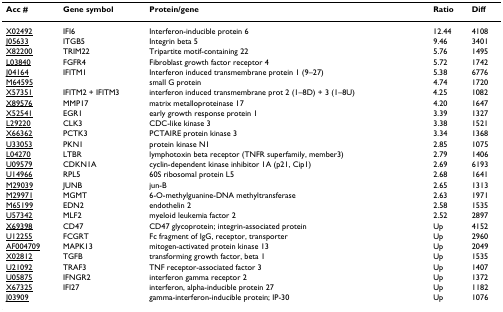
<table><thead><tr><td><b>Acc #</b></td><td><b>Gene symbol</b></td><td><b>Protein/gene</b></td><td><b>Ratio</b></td><td><b>Diff</b></td></tr></thead><tbody><tr><td>X02492</td><td>IFI6</td><td>Interferon-inducible protein 6</td><td>12.44</td><td>4108</td></tr><tr><td>J05633</td><td>ITGB5</td><td>Integrin beta 5</td><td>9.46</td><td>3401</td></tr><tr><td>X82200</td><td>TRIM22</td><td>Tripartite motif-containing 22</td><td>5.76</td><td>1495</td></tr><tr><td>L03840</td><td>FGFR4</td><td>Fibroblast growth factor receptor 4</td><td>5.72</td><td>1742</td></tr><tr><td>J04164</td><td>IFITM1</td><td>Interferon induced transmembrane protein 1 (9–27)</td><td>5.38</td><td>6776</td></tr><tr><td>M64595</td><td></td><td>small G protein</td><td>4.74</td><td>1720</td></tr><tr><td>X57351</td><td>IFITM2 + IFITM3</td><td>interferon induced transmembrane prot 2 (1–8D) + 3 (1–8U)</td><td>4.25</td><td>1082</td></tr><tr><td>X89576</td><td>MMP17</td><td>matrix metalloproteinase 17</td><td>4.20</td><td>1647</td></tr><tr><td>X52541</td><td>EGR1</td><td>early growth response protein 1</td><td>3.39</td><td>1327</td></tr><tr><td>L29220</td><td>CLK3</td><td>CDC-like kinase 3</td><td>3.38</td><td>1521</td></tr><tr><td>X66362</td><td>PCTK3</td><td>PCTAIRE protein kinase 3</td><td>3.34</td><td>1368</td></tr><tr><td>U33053</td><td>PKN1</td><td>protein kinase N1</td><td>2.85</td><td>1075</td></tr><tr><td>L04270</td><td>LTBR</td><td>lymphotoxin beta receptor (TNFR superfamily, member3)</td><td>2.79</td><td>1406</td></tr><tr><td>U09579</td><td>CDKN1A</td><td>cyclin-dependent kinase inhibitor 1A (p21, Cip1)</td><td>2.69</td><td>6193</td></tr><tr><td>U14966</td><td>RPL5</td><td>60S ribosomal protein L5</td><td>2.68</td><td>1641</td></tr><tr><td>M29039</td><td>JUNB</td><td>jun-B</td><td>2.65</td><td>1313</td></tr><tr><td>M29971</td><td>MGMT</td><td>6-O-methylguanine-DNA methyltransferase</td><td>2.63</td><td>1971</td></tr><tr><td>M65199</td><td>EDN2</td><td>endothelin 2</td><td>2.58</td><td>1535</td></tr><tr><td>U57342</td><td>MLF2</td><td>myeloid leukemia factor 2</td><td>2.52</td><td>2897</td></tr><tr><td>X69398</td><td>CD47</td><td>CD47 glycoprotein; integrin-associated protein</td><td>Up</td><td>4152</td></tr><tr><td>U12255</td><td>FCGRT</td><td>Fc fragment of IgG, receptor, transporter</td><td>Up</td><td>2960</td></tr><tr><td>AF004709</td><td>MAPK13</td><td>mitogen-activated protein kinase 13</td><td>Up</td><td>2049</td></tr><tr><td>X02812</td><td>TGFB</td><td>transforming growth factor, beta 1</td><td>Up</td><td>1535</td></tr><tr><td>U21092</td><td>TRAF3</td><td>TNF receptor-associated factor 3</td><td>Up</td><td>1407</td></tr><tr><td>U05875</td><td>IFNGR2</td><td>interferon gamma receptor 2</td><td>Up</td><td>1372</td></tr><tr><td>X67325</td><td>IFI27</td><td>interferon, alpha-inducible protein 27</td><td>Up</td><td>1182</td></tr><tr><td>J03909</td><td></td><td>gamma-interferon-inducible protein; IP-30</td><td>Up</td><td>1076</td></tr></tbody></table>